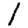
Digit: 1